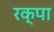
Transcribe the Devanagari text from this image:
रक्पा